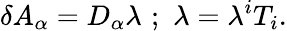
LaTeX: \delta A_{\alpha}=D_{\alpha}\lambda\, \, ;\, \, \lambda=\lambda^{i}T_{i}.